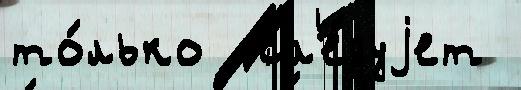
то́лько  сл'е́дуjет